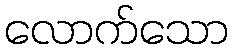
လောက်သော